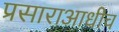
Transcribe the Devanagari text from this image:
प्रसाराआधीच